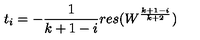
t _ { i } = - \frac { 1 } { k + 1 - i } r e s ( W ^ { \frac { k + 1 - i } { k + 2 } } )